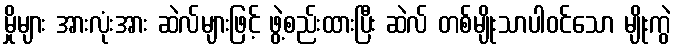
မှိုများ အားလုံးအား ဆဲလ်များဖြင့် ဖွဲ့စည်းထားပြီး ဆဲလ် တစ်မျိုးသာပါဝင်သော မျိုးကွဲ